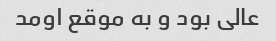
عالی بود و به موقع اومد